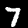
Label: 7